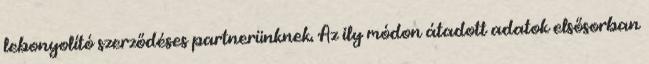
lebonyolító szerződéses partnerünknek. Az ily módon átadott adatok elsősorban